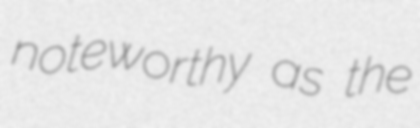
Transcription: noteworthy as the